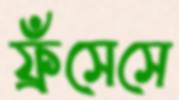
ফ্রঁসেসে